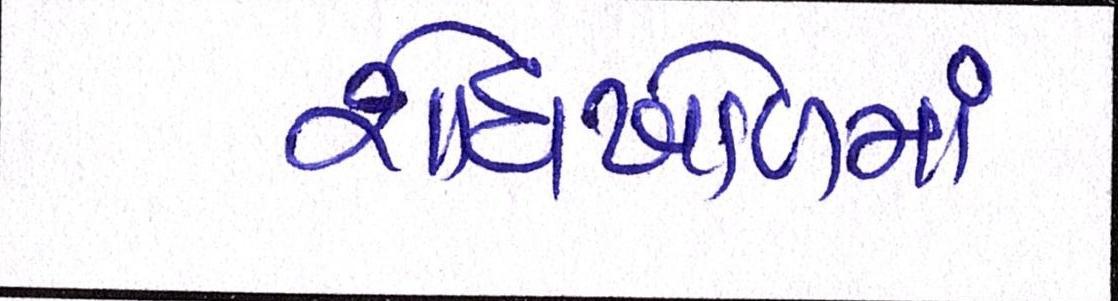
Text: શોધખોળમાં